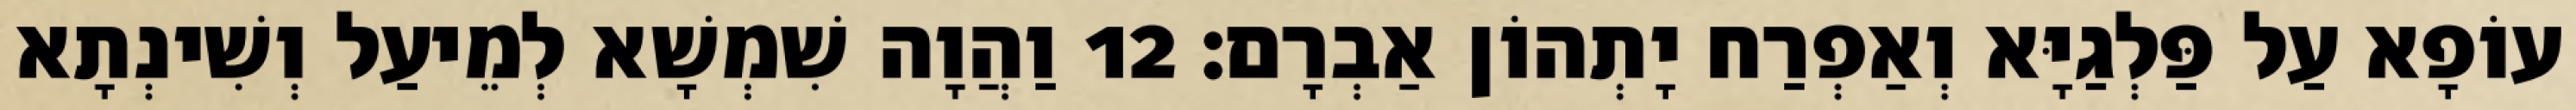
עוֹפָא עַל פַּלְגַיָּא וְאַפְרַח יָתְהוֹן אַבְרָם׃ 12 וַהֲוָה שִׁמְשָׁא לְמֵיעַל וְשִׁינְתָא